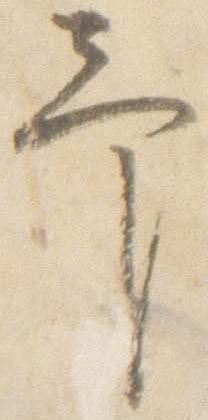
予